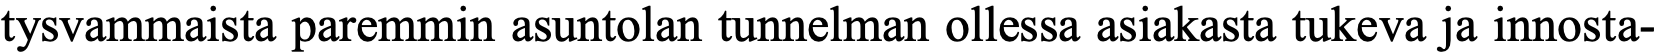
tysvammaista paremmin asuntolan tunnelman ollessa asiakasta tukeva ja innosta-